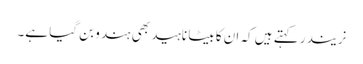
نریندر کہتے ہیں کہ ان کا بیٹا ناہید بھی ہندو بن گیا ہے۔